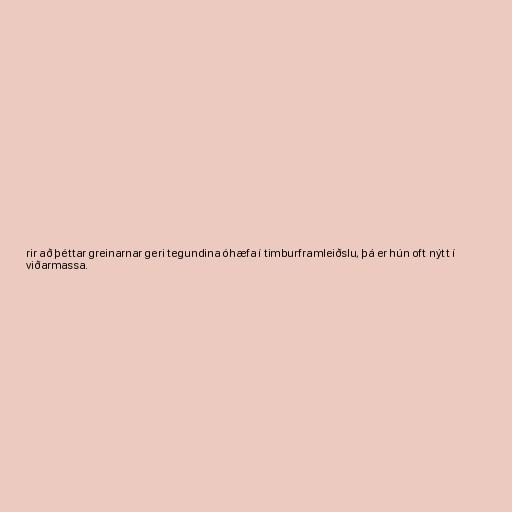
rir að þéttar greinarnar geri tegundina óhæfa í timburframleiðslu, þá er hún oft nýtt í
viðarmassa.